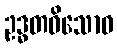
ဥဒ္ဓတဝိသောဝ